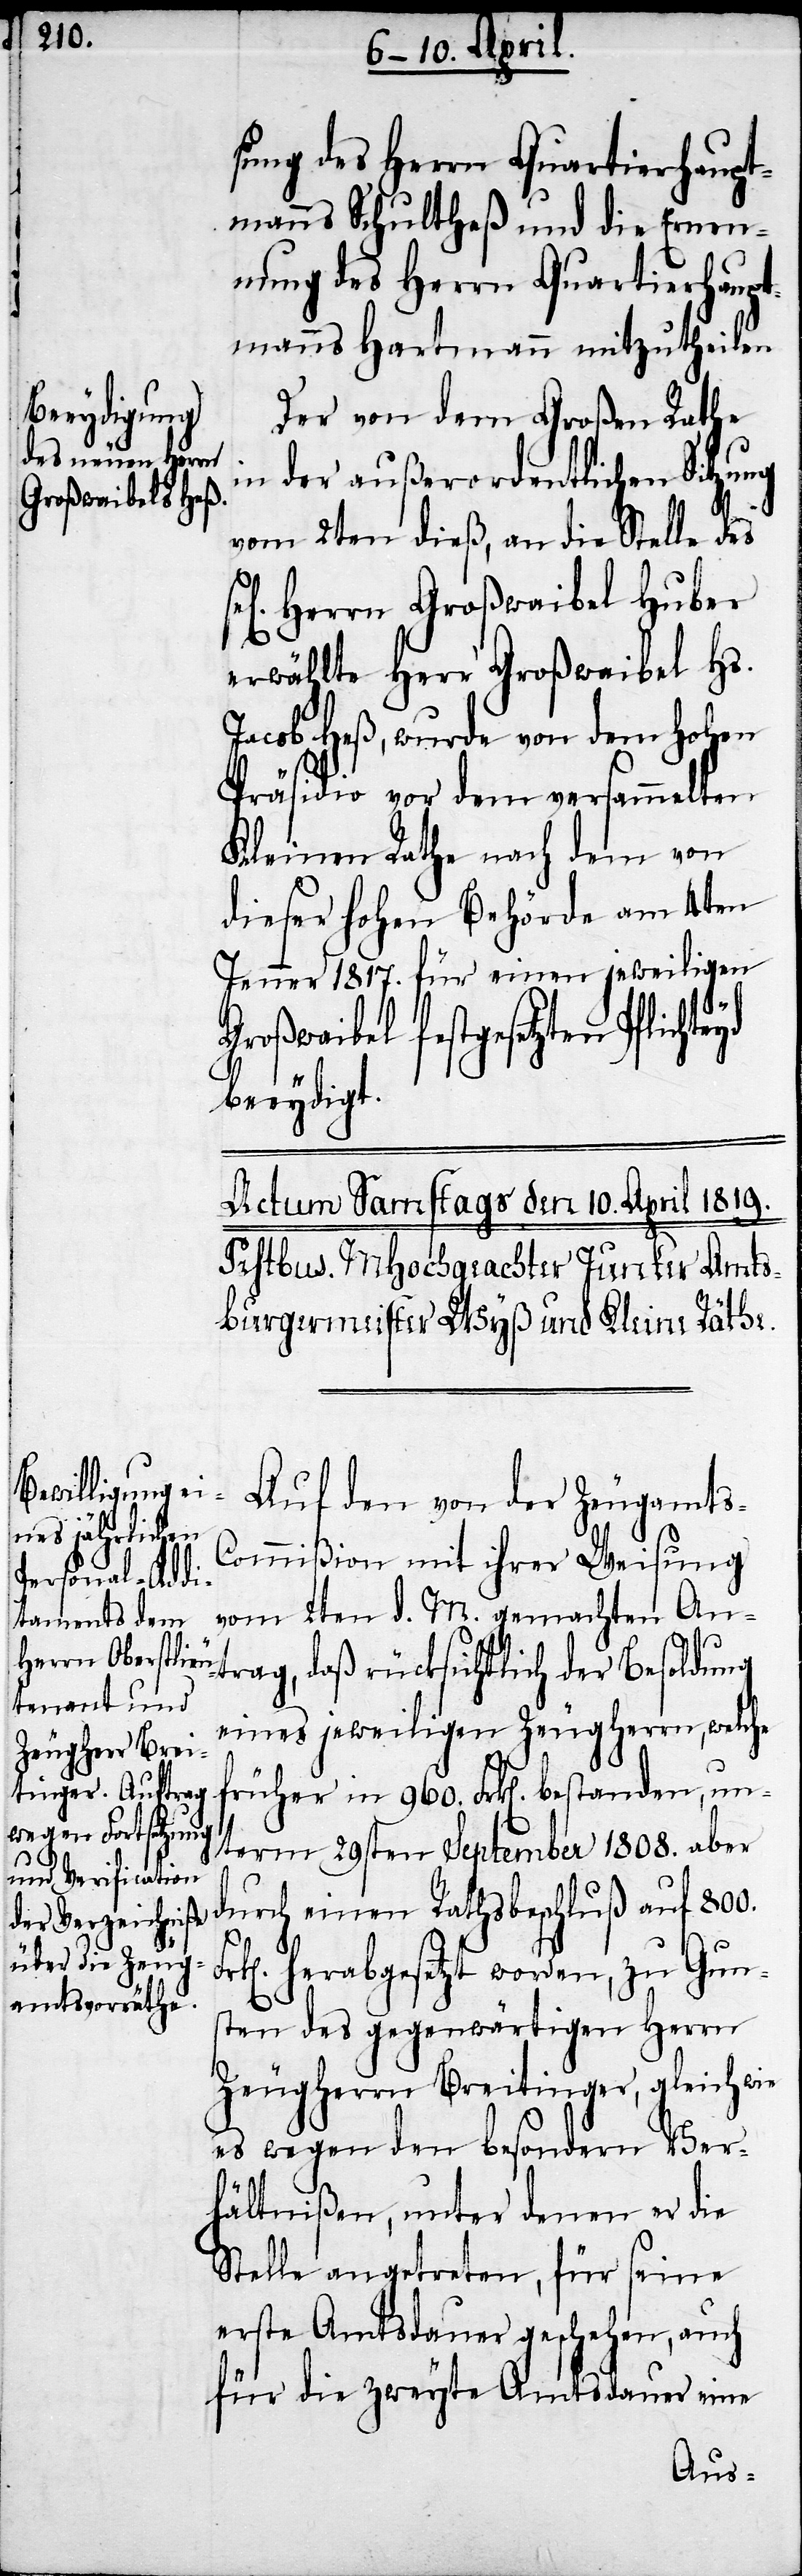
800.
sung des Herrn Quartierhaupt¬
manns Schultheß und die Ernen¬
nung des Herrn Quartierhaupt¬
manns Hartmann mitzutheilen.
Der von dem Großen Rathe
in der außerordentlichen Sitzung
vom 2ten dieß, an die Stelle des
en] Herrn Großwaibel Huber
erwählte Herr Großwaibel Hs.
Jacob Heß, wurde von dem hohen
Präsidio vor dem versammelten
Kleinen Rathe nach dem von
dieser hohen Behörde am 4ten
Jenner 1817. für einen jeweiligen
Großwaibel festgesetzten
beeydigt.
Auf den von der Zeugamts-C¬
durch einen
ommißion mit ihrer Weisung
vom 2ten d. M. gemachten An¬
trag, daß rücksichtlich der Besoldung
eines jeweiligen Zeugherrn, welche
früher in 960. Frk[en]. bestanden, un¬
term 29sten September 1808. aber
herabgesetzt worden, zu Gun¬
sten des gegenwärtigen Herrn
Zeugherrn Breitinger, gleich wie
es wegen den besondern Ver¬
hältnißen, unter denen er die
Stelle angetreten, für seine
erste Amtsdauer geschehen, auch
für die zweyte Amtsdauer eine